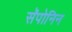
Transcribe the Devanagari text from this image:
सॅपोनिन